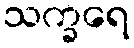
သက္ခရေ